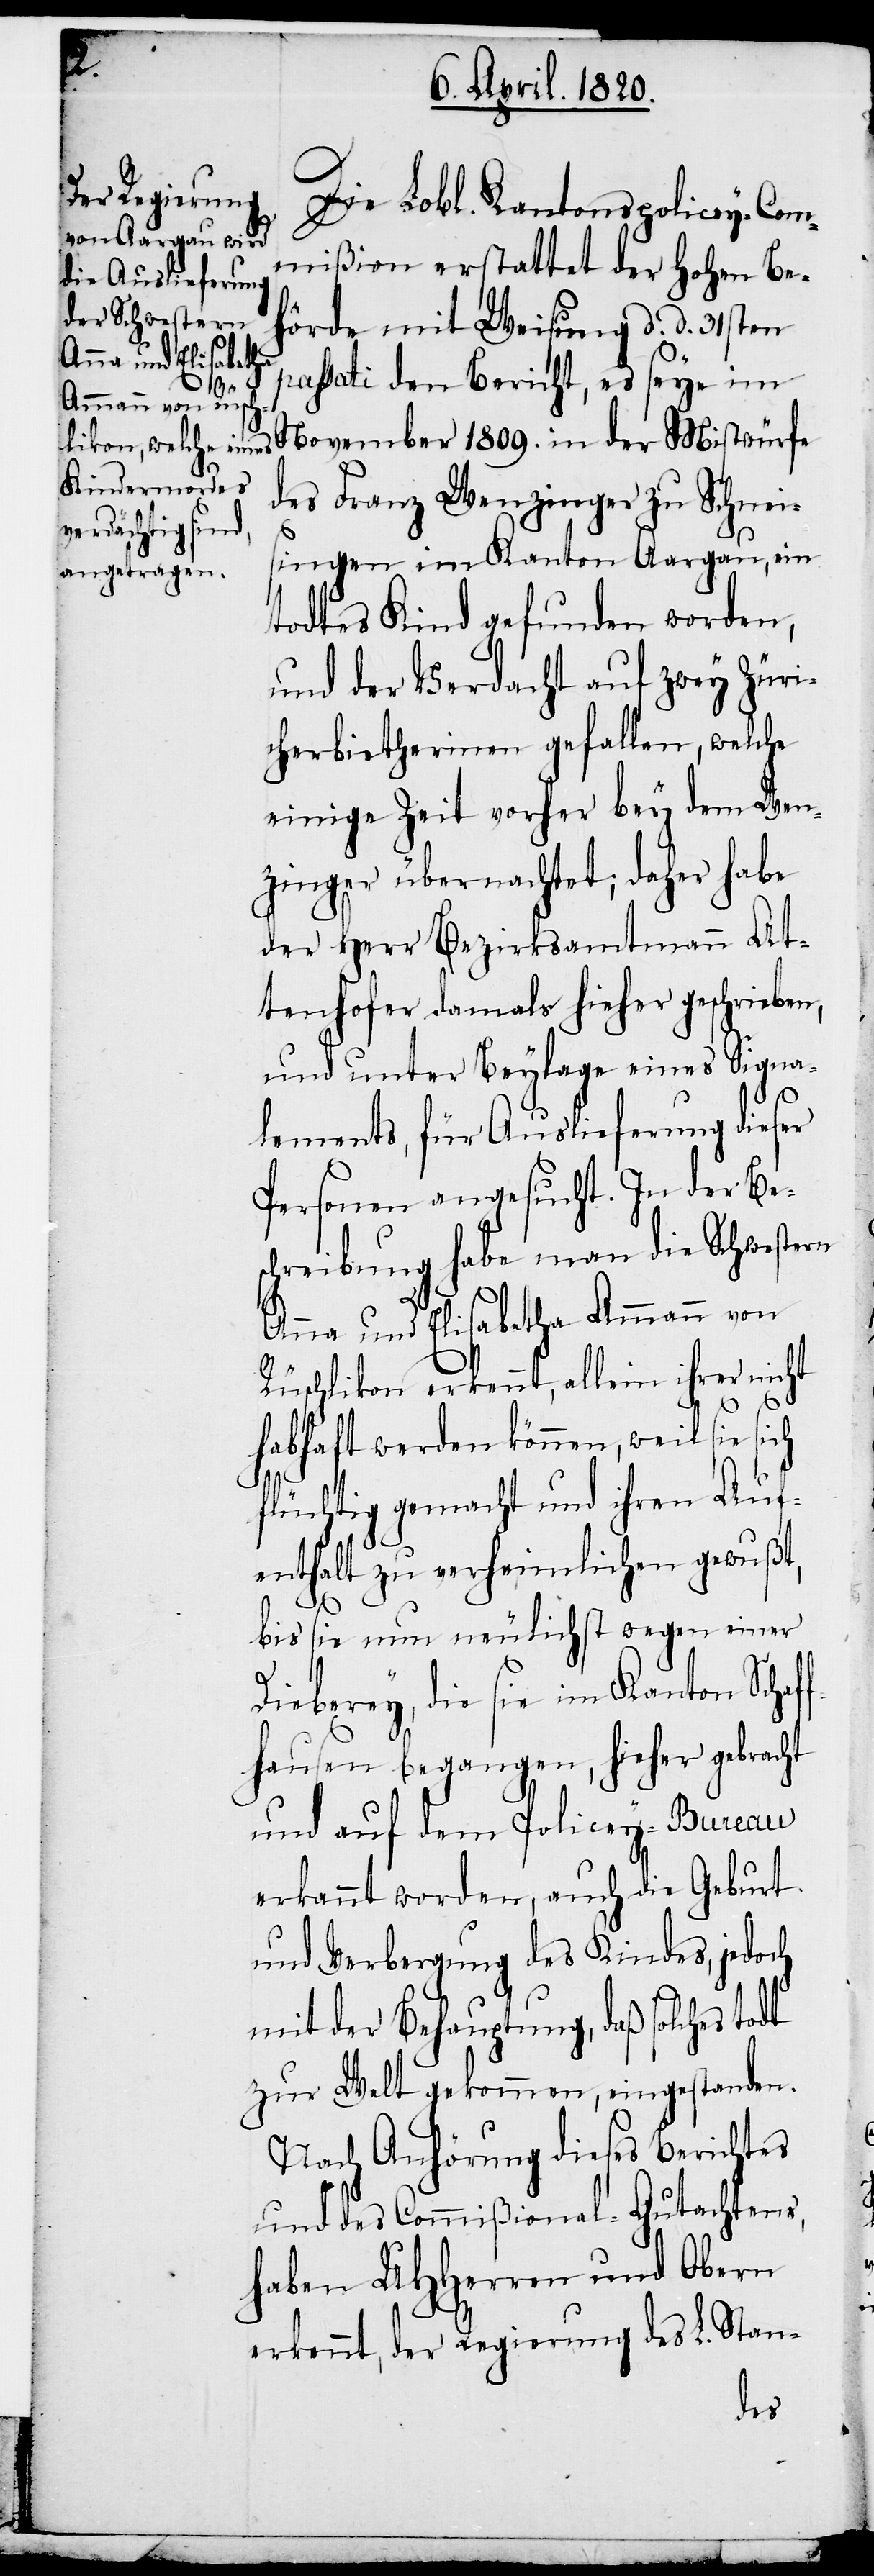
Die Lobl. Kantonspolicey-Com¬
mißion erstattet der Hohen Be¬
paßati den Bericht, es seye im
1899.
des Franz Wenzinger zu Schnei¬
singen im Kanton Aargau, ein
todtes Kind gefunden worden,
und der Verdacht auf zwey Züri¬
cherbietherinnnen gefallen, welche
einige Zeit vorher bey dem Wen¬
zinger übernachtet; daher habe
der Herr Bezirksamtmann At¬
tenhofer damals hieher geschrieben,
und unter Beylage eines Signa¬
lements, für Auslieferung dieser
Personen angesucht. In der Be¬
schreibung habe man die Schwestern
Anna und Elisabetha Ammann von
Rüschlikon erkannt, allein ihrer nicht
habhaft werden können, weil sie sich
flüchtig gemacht und ihren Auf¬
enthalt zu verheimlichen gewuβt,
hörde
d.
bis sie nun neulichst wegen einer
Dieberey, die sie im Kanton Schaff¬
hausen begangen, hieher gebracht
und auf dem Policey-Bureau
erkannt worden, auch die Geburt
und Verbergung des Kindes, jedoch
mit der Behauptung, daß solches todt
zur Welt gekommen, eingestanden.
Nach Anhörung dieses Berichtes
und des Commißional-Gutachtens,
haben UHHerren und Obern
erkannt, der Regierung des L. Stan-
der